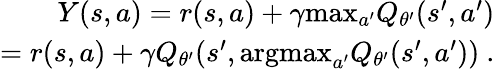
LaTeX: \begin{array}{r}{Y(s,a)=r(s,a)+\gamma\mathrm{max}_{a^{\prime}}Q_{\theta^{\prime}}(s^{\prime},a^{\prime})}\\ {=r(s,a)+\gamma Q_{\theta^{\prime}}(s^{\prime},\mathrm{argmax}_{a^{\prime}}Q_{\theta^{\prime}}(s^{\prime},a^{\prime}))~.}\end{array}